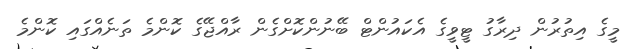
މީގެ އިތުރުން ދިރާގު ޓީވީގެ އެކައުންޓް ބޭނުންކޮށްގެން ރާއްޖޭގެ ކޮންމެ ތަނެއްގައި ކޮންމެ